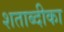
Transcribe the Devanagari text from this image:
शताब्दीका